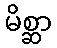
မိစ္ဆာ